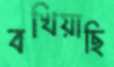
বখিয়াছি